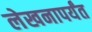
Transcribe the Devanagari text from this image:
लेखनापर्यंत